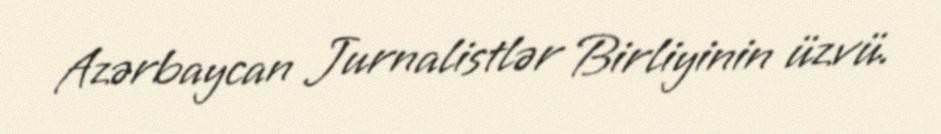
Azərbaycan Jurnalistlər Birliyinin üzvü.